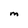
Character: M